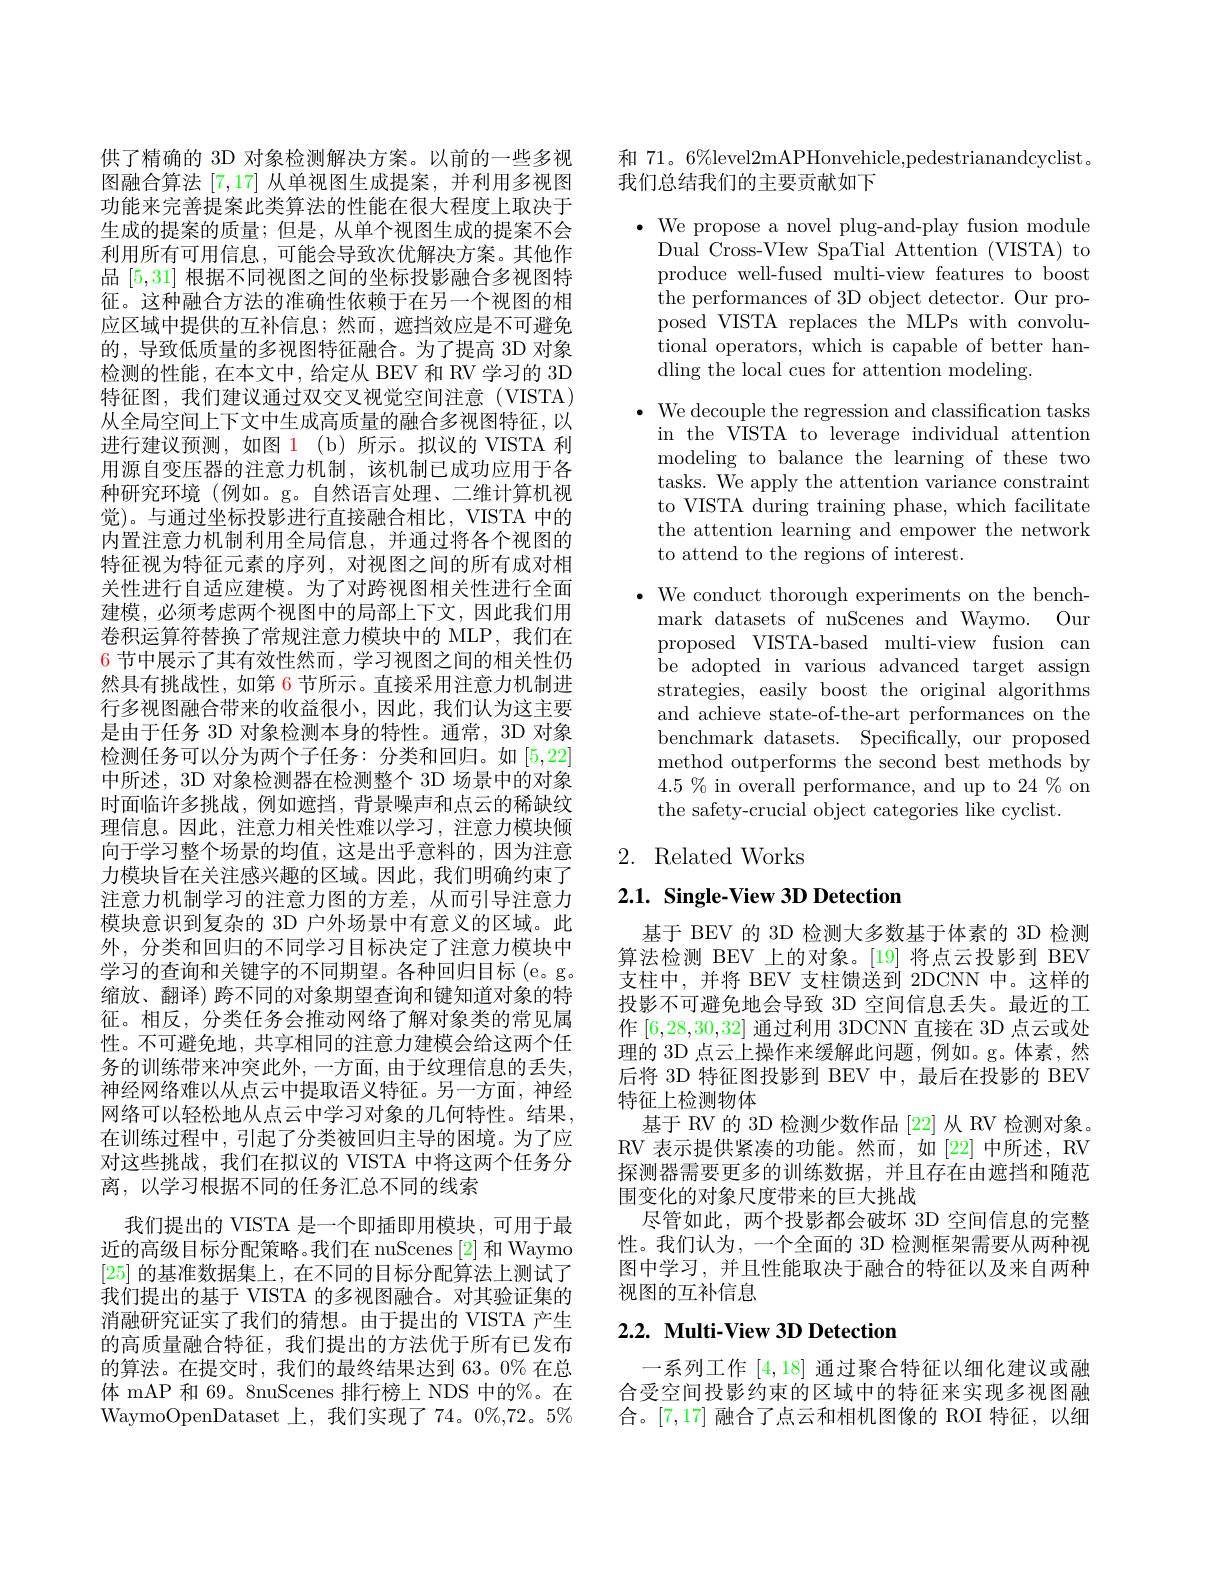
供了精确的 3D 对象检测解决方案。以前的一些多视图融合算法[7,17]从单视图生成提案，并利用多视图功能来完善提案此类算法的性能在很大程度上取决于生成的提案的质量；但是，从单个视图生成的提案不会利用所有可用信息，可能会导致次优解决方案。其他作品[5,31]根据不同视图之间的坐标投影融合多视图特征。这种融合方法的准确性依赖于在另一个视图的相应区域中提供的互补信息；然而，遮挡效应是不可避免的，导致低质量的多视图特征融合。为了提高 3D 对象检测的性能，在本文中，给定从 BEV 和 RV 学习的 3D 特征图，我们建议通过双交叉视觉空间注意(VISTA) 从全局空间上下文中生成高质量的融合多视图特征，以进行建议预测，如图 1(b)所示。拟议的 VISTA 利用源自变压器的注意力机制，该机制已成功应用于各种研究环境(例如。g。自然语言处理、二维计算机视觉)。与通过坐标投影进行直接融合相比，VISTA 中的内置注意力机制利用全局信息，并通过将各个视图的特征视为特征元素的序列，对视图之间的所有成对相关性进行自适应建模。为了对跨视图相关性进行全面建模，必须考虑两个视图中的局部上下文，因此我们用卷积运算符替换了常规注意力模块中的 MLP,我们在$\color{red}{6\text{ 节中展示了其有效性然而，学习视图之间的相关性仍}}$ 然具有挑战性，如第 6 节所示。直接采用注意力机制进行多视图融合带来的收益很小，因此，我们认为这主要是由于任务 3D 对象检测本身的特性。通常，3D 对象检测任务可以分为两个子任务：分类和回归。如[5,22] 中所述，3D 对象检测器在检测整个 3D 场景中的对象时面临许多挑战，例如遮挡，背景噪声和点云的稀缺纹理信息。因此，注意力相关性难以学习，注意力模块倾向于学习整个场景的均值，这是出乎意料的，因为注意力模块旨在关注感兴趣的区域。因此，我们明确约束了注意力机制学习的注意力图的方差，从而引导注意力模块意识到复杂的 3D 户外场景中有意义的区域。此外，分类和回归的不同学习目标决定了注意力模块中学习的查询和关键字的不同期望。各种回归目标(e。g。缩放、翻译) 跨不同的对象期望查询和键知道对象的特征。相反，分类任务会推动网络了解对象类的常见属性。不可避免地，共享相同的注意力建模会给这两个任务的训练带来冲突此外，一方面，由于纹理信息的丢失， 神经网络难以从点云中提取语义特征。另一方面，神经网络可以轻松地从点云中学习对象的几何特性。结果， 在训练过程中，引起了分类被回归主导的困境。为了应对这些挑战，我们在拟议的 VISTA 中将这两个任务分离，以学习根据不同的任务汇总不同的线索
我们提出的 VISTA 是一个即插即用模块，可用于最近的高级目标分配策略。我们在 nuScenes [2] 和 Waymo [25]的基准数据集上，在不同的目标分配算法上测试了我们提出的基于 VISTA 的多视图融合。对其验证集的消融研究证实了我们的猜想。由于提出的 VISTA 产生的高质量融合特征，我们提出的方法优于所有已发布的算法。在提交时，我们的最终结果达到 63。0% 在总体 mAP 和 69。8nuScenes 排行榜上 NDS 中的%。在WaymoOpenDataset 上，我们实现了 74。0%,72。5%

和 71。6%level2mAPHonvehicle,pedestrianandcyclist.
我们总结我们的主要贡献如下

$\bullet$ We propose a novel plug-and-play fusion module
Dual Cross-VIew SpaTial Attention (VISTA) to produce well-fused multi-view features to boost the performances of 3D object detector. Our proposed VISTA replaces the MLPs with convolutional operators, which is capable of better handling the local cues for attention modeling.

$\bullet$ We decouple the regression and classification tasks
in the VISTA to leverage individual attention modeling to balance the learning of these two tasks. We apply the attention variance constraint to VISTA during training phase, which facilitate the attention learning and empower the network to attend to the regions of interest.

$\cdot{\mathrm{~We~conduct~thorough~experiments~on~the~bench-}}$
mark datasets of nuScenes and Waymo. Our proposed VISTA-based multi-view fusion can be adopted in various advanced target assign strategies, easily boost the original algorithms and achieve state-of-the-art performances on the benchmark datasets. Specifically, our proposed method outperforms the second best methods by $4.5\%$ in overall performance, and up to 24 % on the safety-crucial object categories like cyclist.

## 2. Related Works

## $2. 1. \textbf{ Single- View 3D Detection}$

基于 BEV 的 3D 检测大多数基于体素的 3D 检测算法检测 BEV 上的对象。[19] 将点云投影到 BEV 支柱中，并将 BEV 支柱馈送到 2DCNN 中。这样的投影不可避免地会导致 3D 空间信息丢失。最近的工作[6,28,30,32]通过利用 3DCNN 直接在 3D 点云或处理的 3D 点云上操作来缓解此问题，例如。g。体素，然后将 3D 特征图投影到 BEV 中，最后在投影的 BEV 特征上检测物体
基于 RV 的 3D 检测少数作品 [22] 从 RV 检测对象。RV 表示提供紧凑的功能。然而，如[22]中所述，RV 探测器需要更多的训练数据，并且存在由遮挡和随范围变化的对象尺度带来的巨大挑战
尽管如此，两个投影都会破坏 3D 空间信息的完整性。我们认为，一个全面的 3D 检测框架需要从两种视图中学习，并且性能取决于融合的特征以及来自两种视图的互补信息

## 2.2. Multi-View 3D Detection

一系列工作[4,18]通过聚合特征以细化建议或融合受空间投影约束的区域中的特征来实现多视图融合。[7,17] 融合了点云和相机图像的 ROI 特征，以细